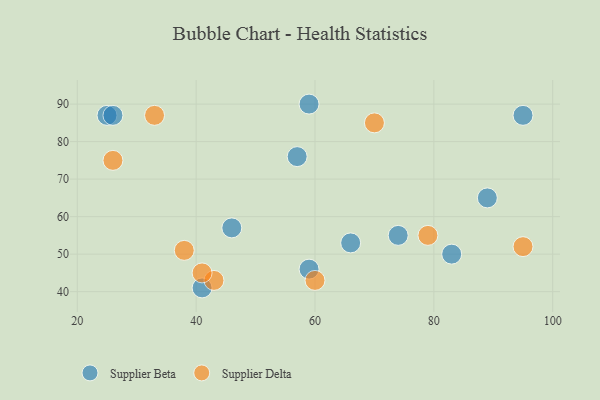
{"axis": {"x": "GDP", "y": "Life Expectancy"}, "legend": ["Supplier Beta", "Supplier Delta"], "data": [{"x": "66", "y": 53, "type": "Supplier Beta"}, {"x": "95", "y": 87, "type": "Supplier Beta"}, {"x": "59", "y": 90, "type": "Supplier Beta"}, {"x": "59", "y": 46, "type": "Supplier Beta"}, {"x": "57", "y": 76, "type": "Supplier Beta"}, {"x": "25", "y": 87, "type": "Supplier Beta"}, {"x": "89", "y": 65, "type": "Supplier Beta"}, {"x": "26", "y": 87, "type": "Supplier Beta"}, {"x": "41", "y": 41, "type": "Supplier Beta"}, {"x": "46", "y": 57, "type": "Supplier Beta"}, {"x": "83", "y": 50, "type": "Supplier Beta"}, {"x": "74", "y": 55, "type": "Supplier Beta"}, {"x": "43", "y": 43, "type": "Supplier Delta"}, {"x": "60", "y": 43, "type": "Supplier Delta"}, {"x": "79", "y": 55, "type": "Supplier Delta"}, {"x": "26", "y": 75, "type": "Supplier Delta"}, {"x": "95", "y": 52, "type": "Supplier Delta"}, {"x": "33", "y": 87, "type": "Supplier Delta"}, {"x": "70", "y": 85, "type": "Supplier Delta"}, {"x": "41", "y": 45, "type": "Supplier Delta"}, {"x": "38", "y": 51, "type": "Supplier Delta"}]}